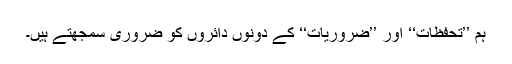
ہم ’’تحفظات‘‘ اور ’’ضروریات‘‘ کے دونوں دائروں کو ضروری سمجھتے ہیں۔